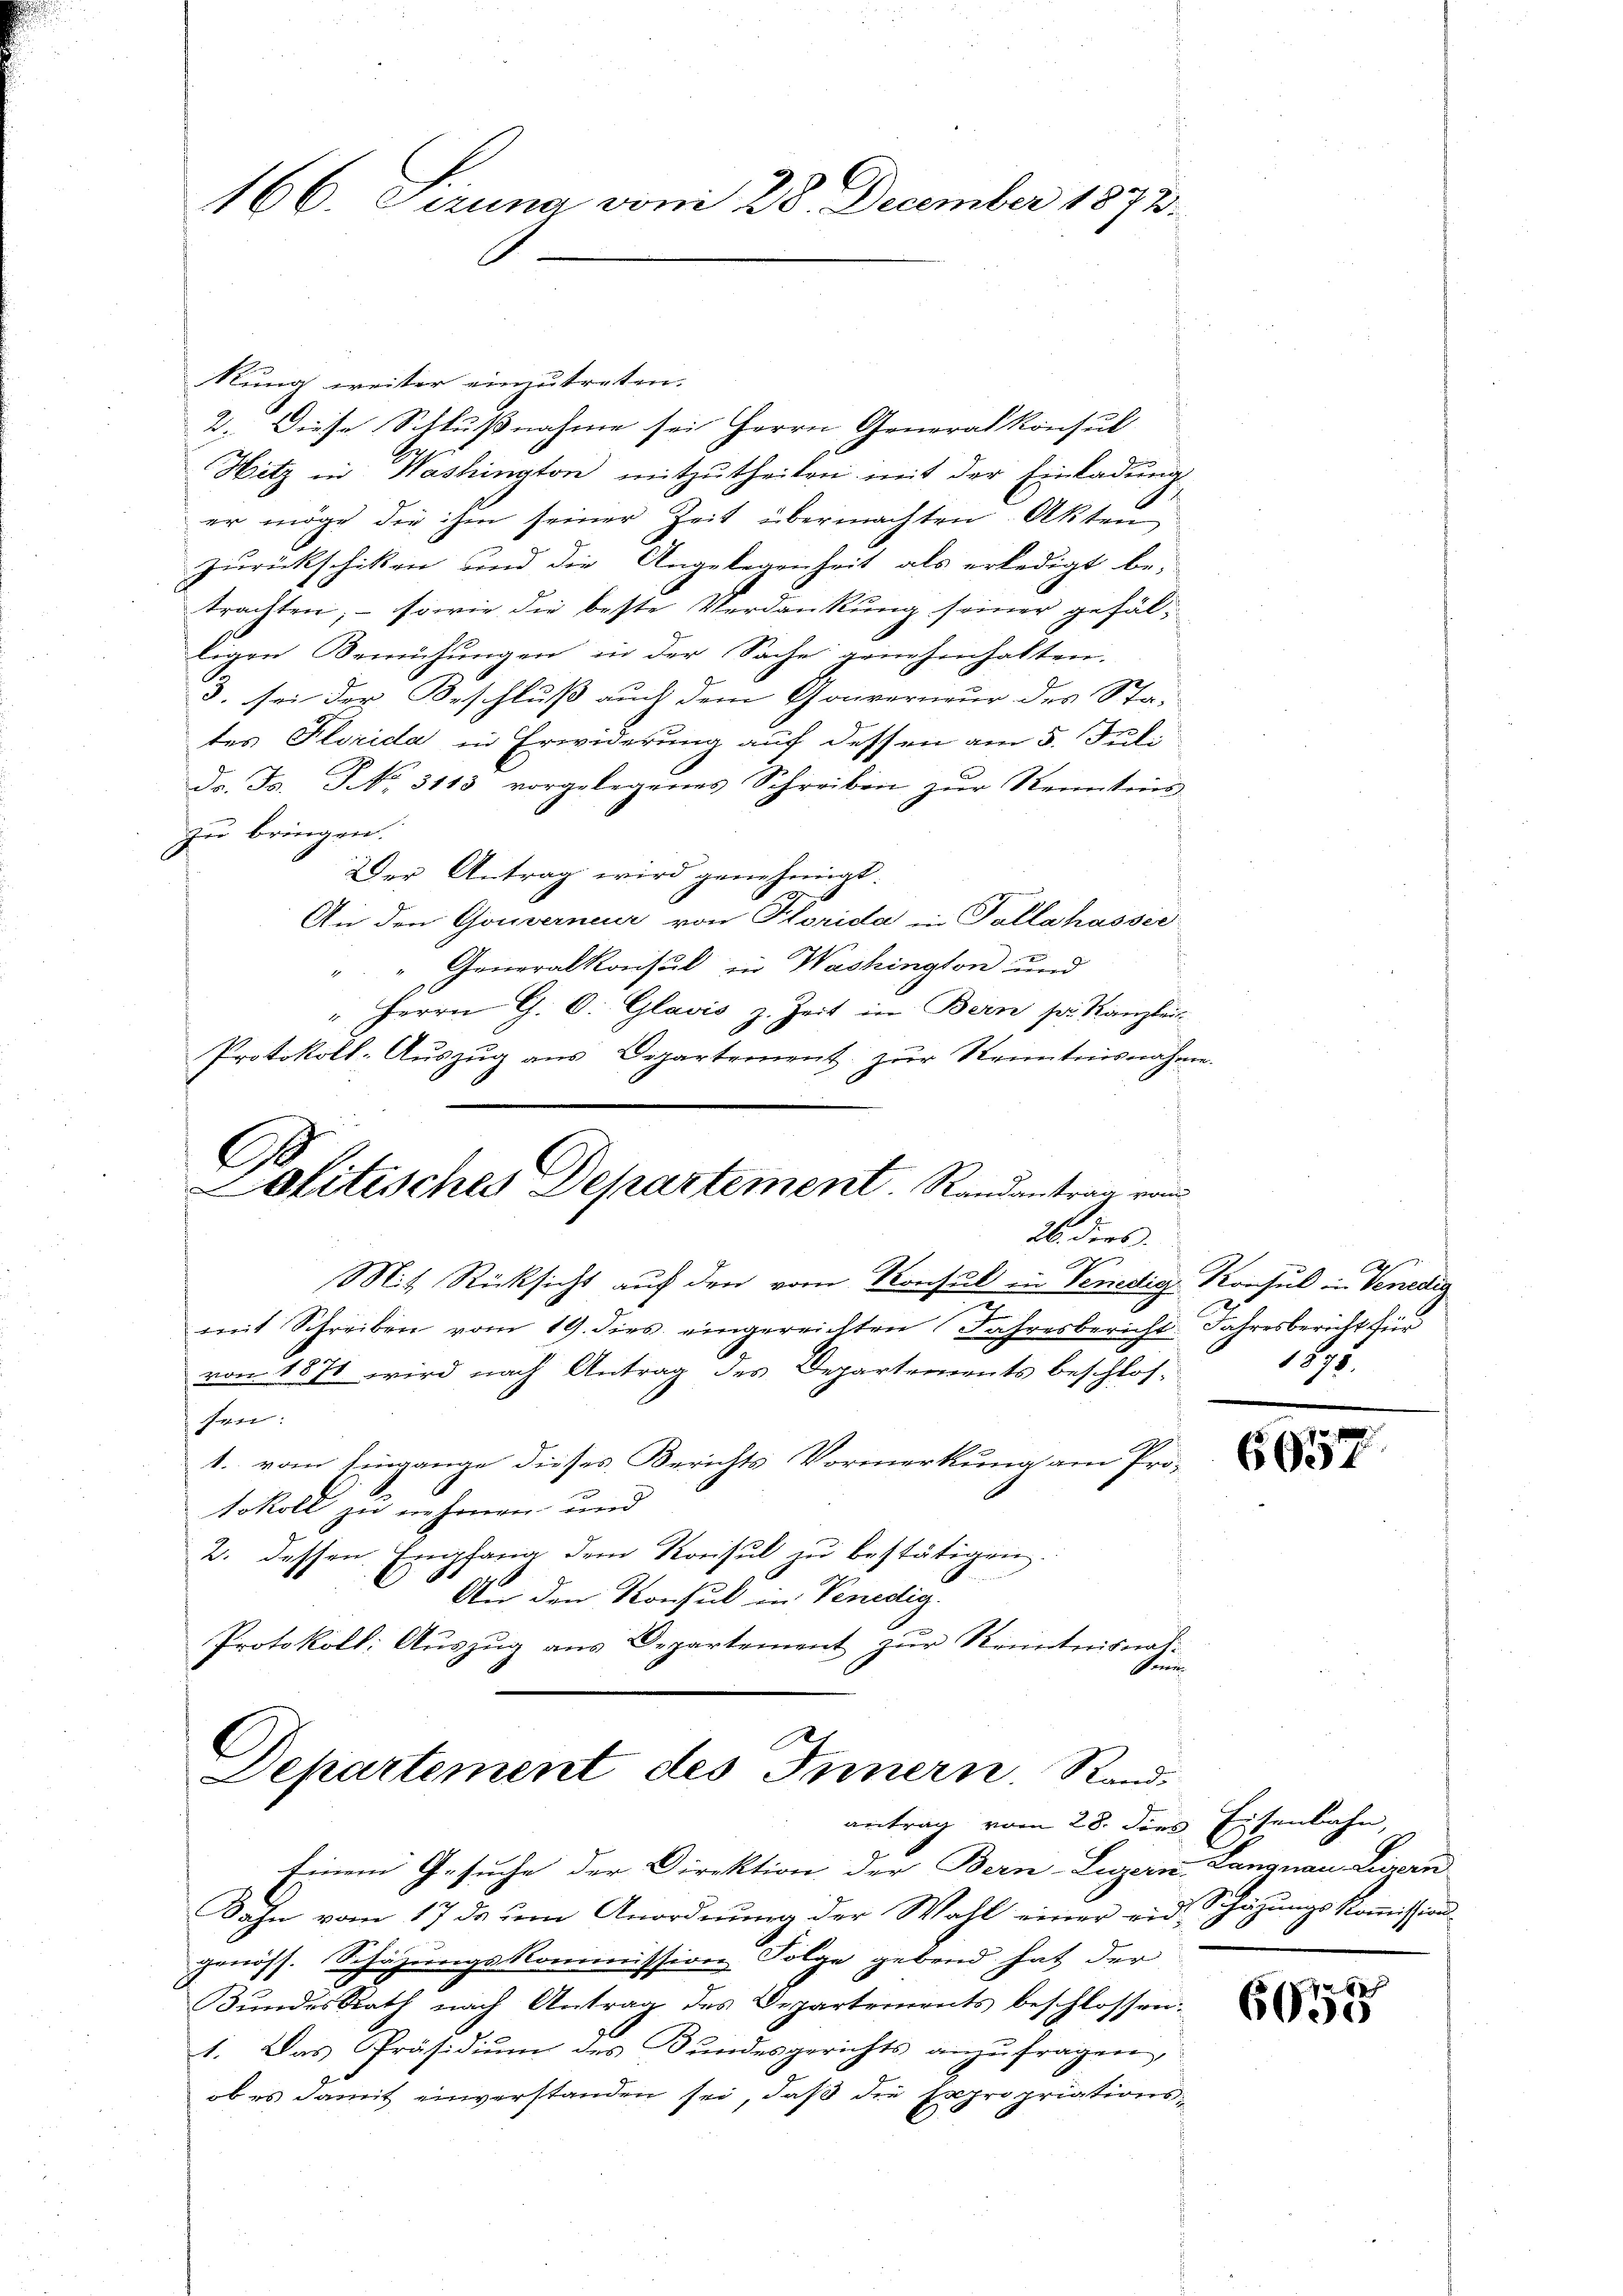
166. Scuna vom 28. December 1873.

kung weiter einzutreten.
2. Diese Schlußnahme sei Herrn Generalkonsul
Hitz in Washington mitzutheilen mit der Einladung
er möge die ihm seiner Zeit übermachten Akten
Zurückschiken und die Angelegenheit als erledigt be-
trachten, – sowie die beste Verdankung seiner gefälligen Bemühungen in der Sache genehmhalten.
3. sei der Beschluß auch dem Gouverneur des Sta-
tes Florida in Erwiderung auf dessen am 5. Juli
Dr. Fr. No. 3113 vorgelegenes Schreiben zur Kenntnis
zu bringen.
Der Antrag wird genehmigt.
An den Gouverneur von Florida in Tallahasser
" " Generalkonsul in Washington und
" Herrn Ch. O. Glavis z. Zeit in Bern pr. Kanzlei
Protokoll-Aŭszŭg ans Departement. zŭr Kenntnisnahme.
Ge
Politisches Departement. Randantrag vom

26. dies

Mit Rücksicht auf den vom Konsul in Venedige Konsul in Venedig
2
mit Schreiben vom 19. dies eingereichten Jahresbericht Jahresbericht für
von 1871 wird nach Antrag des Departements beschlos-
sen:
1. vom Eingange dieses Berichts Vormerkung am Pro-
tokoll zu nehmen und
2. dessen Empfang dem Konsul zu bestätigen.
An den Konsul in Venedig
Protokoll: Auszug aus Departement zur Kenntnisnat-
Ferie

Departement des Innern. Rand¬
Einem Gesuche der Direktion der Bern-Luzern Langnau Lisern
Kahn vom 17 ds ŭm Anordnung der Wahl einer eid. Schätzungskoṁission

genöss. Schäzungskommission Folge gebend hat der
Bundes Rath nach Antrag des Departements beschlossen:
1. Das Präsidiŭm des Bundesgerichts anzŭfragen,
ob es damit einverstanden sei, daß die Expropriations

antrag vom 28. dies Eisenbahn,

181

6657

6000